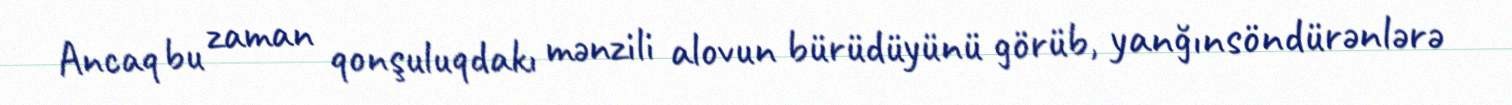
Ancaq bu zaman qonşuluqdakı mənzili alovun bürüdüyünü görüb, yanğınsöndürənlərə